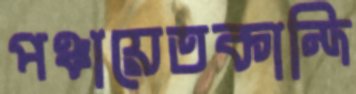
পঞ্চায়েতকান্দি